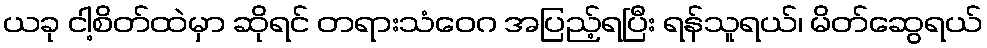
ယခု ငါ့စိတ်ထဲမှာ ဆိုရင် တရားသံဝေဂ အပြည့်ရပြီး ရန်သူရယ်၊ မိတ်ဆွေရယ်